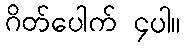
ဂိတ်ပေါက် ၄ပါ။